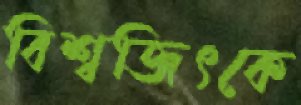
বিশ্বজিৎকে